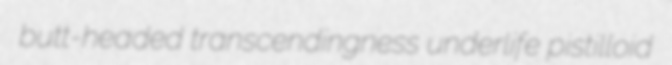
butt-headed transcendingness underlife pistilloid